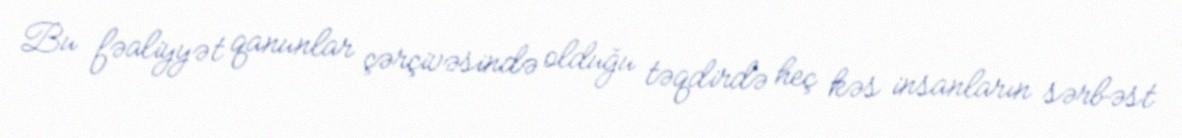
Bu fəaliyyət qanunlar çərçivəsində olduğu təqdirdə heç kəs insanların sərbəst